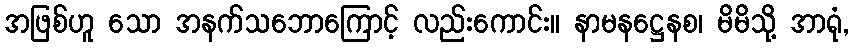
အဖြစ်ဟူ သော အနက်သဘောကြောင့် လည်းကောင်း။ နာမနဋ္ဌေနစ၊ မိမိသို့ အာရုံ,